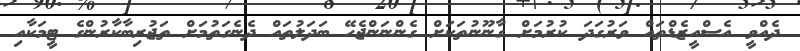
ދެއްވީ އެސްއީޒެޑްތައް ވަރުގަދަ ކުރުމަށް ގާނޫނުތަކަށް ގެންނަންޖެހޭ ބަދަލުތައް ދެނެގަތުމަށް ތަޖުރިބާކާރުންގެ ޓީމަކާއި